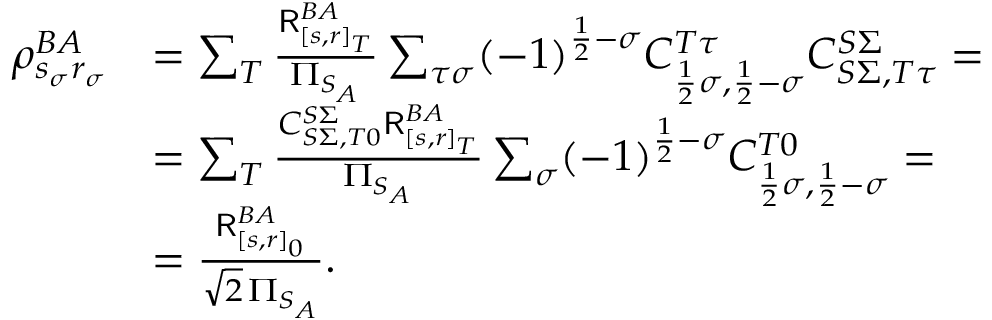
\begin{array} { r l } { \rho _ { s _ { \sigma } r _ { \sigma } } ^ { B A } } & { = \sum _ { T } \frac { \mathsf { R } _ { [ s , r ] _ { T } } ^ { B A } } { \Pi _ { S _ { A } } } \sum _ { \tau \sigma } ( - 1 ) ^ { \frac { 1 } { 2 } - \sigma } C _ { \frac { 1 } { 2 } \sigma , \frac { 1 } { 2 } - \sigma } ^ { T \tau } C _ { S \Sigma , T \tau } ^ { S \Sigma } = } \\ & { = \sum _ { T } \frac { C _ { S \Sigma , T 0 } ^ { S \Sigma } \mathsf { R } _ { [ s , r ] _ { T } } ^ { B A } } { \Pi _ { S _ { A } } } \sum _ { \sigma } ( - 1 ) ^ { \frac { 1 } { 2 } - \sigma } C _ { \frac { 1 } { 2 } \sigma , \frac { 1 } { 2 } - \sigma } ^ { T 0 } = } \\ & { = \frac { \mathsf { R } _ { [ s , r ] _ { 0 } } ^ { B A } } { \sqrt { 2 } \, \Pi _ { S _ { A } } } . } \end{array}